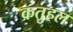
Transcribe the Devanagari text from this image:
कतुहल